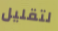
لتقليل